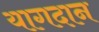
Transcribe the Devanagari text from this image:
यागदान